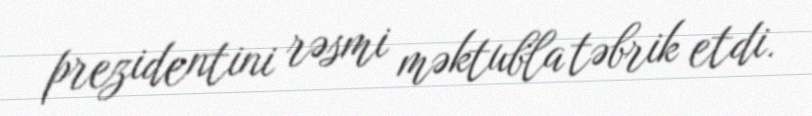
prezidentini rəsmi məktubla təbrik etdi.